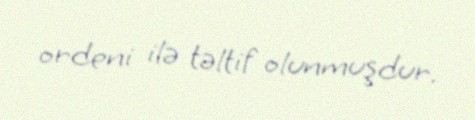
ordeni ilə təltif olunmuşdur.